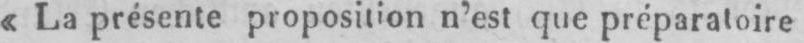
«La présente proposition n’est que préparatoire